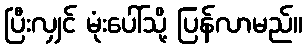
ပြီးလျှင် မုံးပေါ်သို့ ပြန်လာမည်။